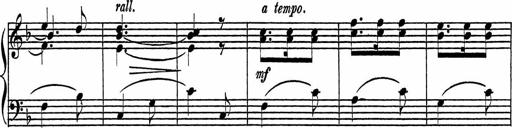
Title: Piano Sonatinas
Composer: Charles Fradel